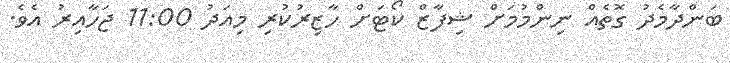
ބަންދާމެދު ގޮތެއް ނިންމުމަށް ޝިފާޒް ކޯޓަށް ހާޒިރުކުރި މިއަދު 11:00 ޖަހާއިރު އެވެ.